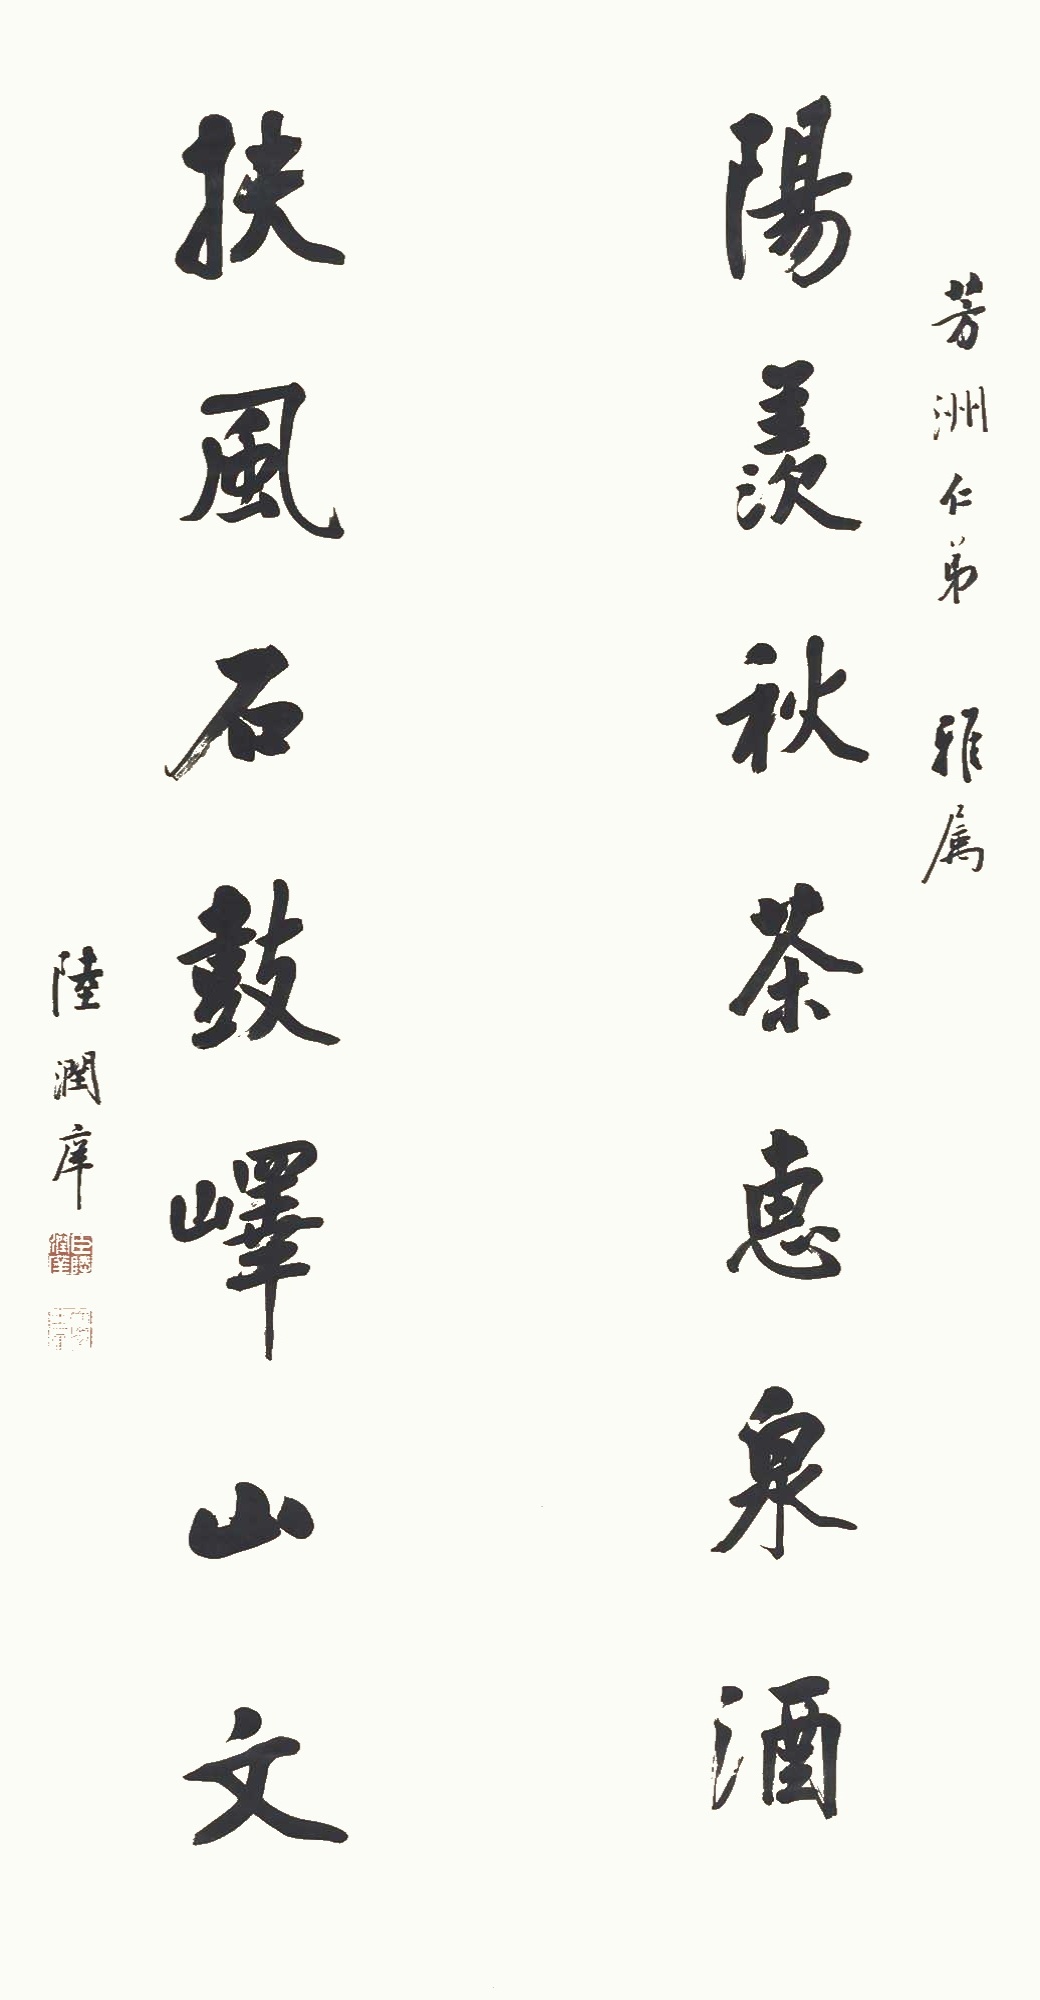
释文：阳羡秋茶惠泉酒，扶风石鼓峄山文。芳洲仁弟雅属，陆润庠。